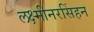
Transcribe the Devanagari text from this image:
लक्ष्मीनरसिंहन